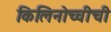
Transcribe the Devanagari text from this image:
किलिनोच्चीची